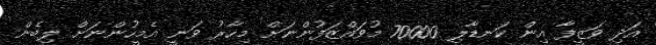
އަދި ވަޒީފާ އިން ކަނޑާލި 70000 މުވައްޒަފުންނަށް މިހާރު ވަނީ އެމީހުންނަށް ލިބެން